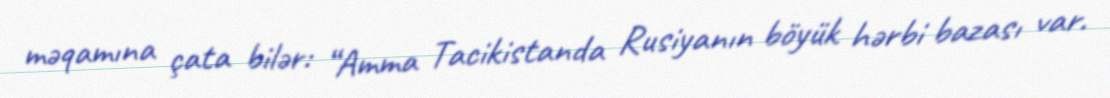
məqamına çata bilər: “Amma Tacikistanda Rusiyanın böyük hərbi bazası var.